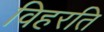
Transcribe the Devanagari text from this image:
विहरति